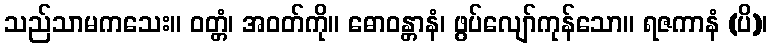
သည်သာမကသေး။ ဝတ္တံ၊ အဝတ်ကို။ ဓောဝန္တာနံ၊ ဖွပ်လျော်ကုန်သော။ ရဇကာနံ (ပိ)၊